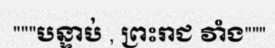
"""បន្ទាប់ , ព្រះរាជ វាំង"""